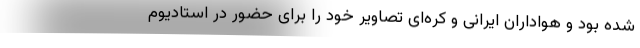
شده بود و هواداران ایرانی و کره‌ای تصاویر خود را برای حضور در استادیوم